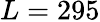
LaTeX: L=295